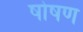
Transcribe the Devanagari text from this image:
षोषण